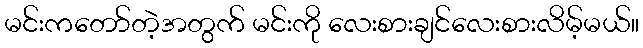
မင်းကတော်တဲ့အတွက် မင်းကို လေးစားချင်လေးစားလိမ့်မယ်။